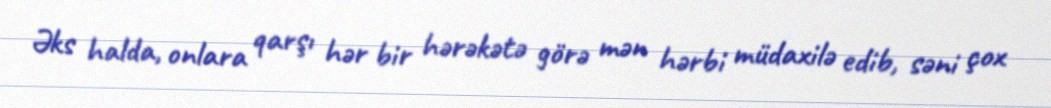
Əks halda, onlara qarşı hər bir hərəkətə görə mən hərbi müdaxilə edib, səni çox